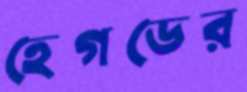
হেগডের